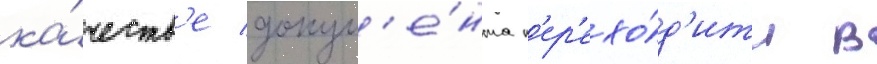
ка́честв'е докум'е́нта п'ер'ехо́д'ит в